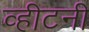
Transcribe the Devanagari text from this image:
व्हीटनी